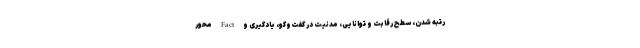
رتبه شدن، سطح رقابت و توانایی، مدنیت در گفت­وگو، یادگیری و Fact محور